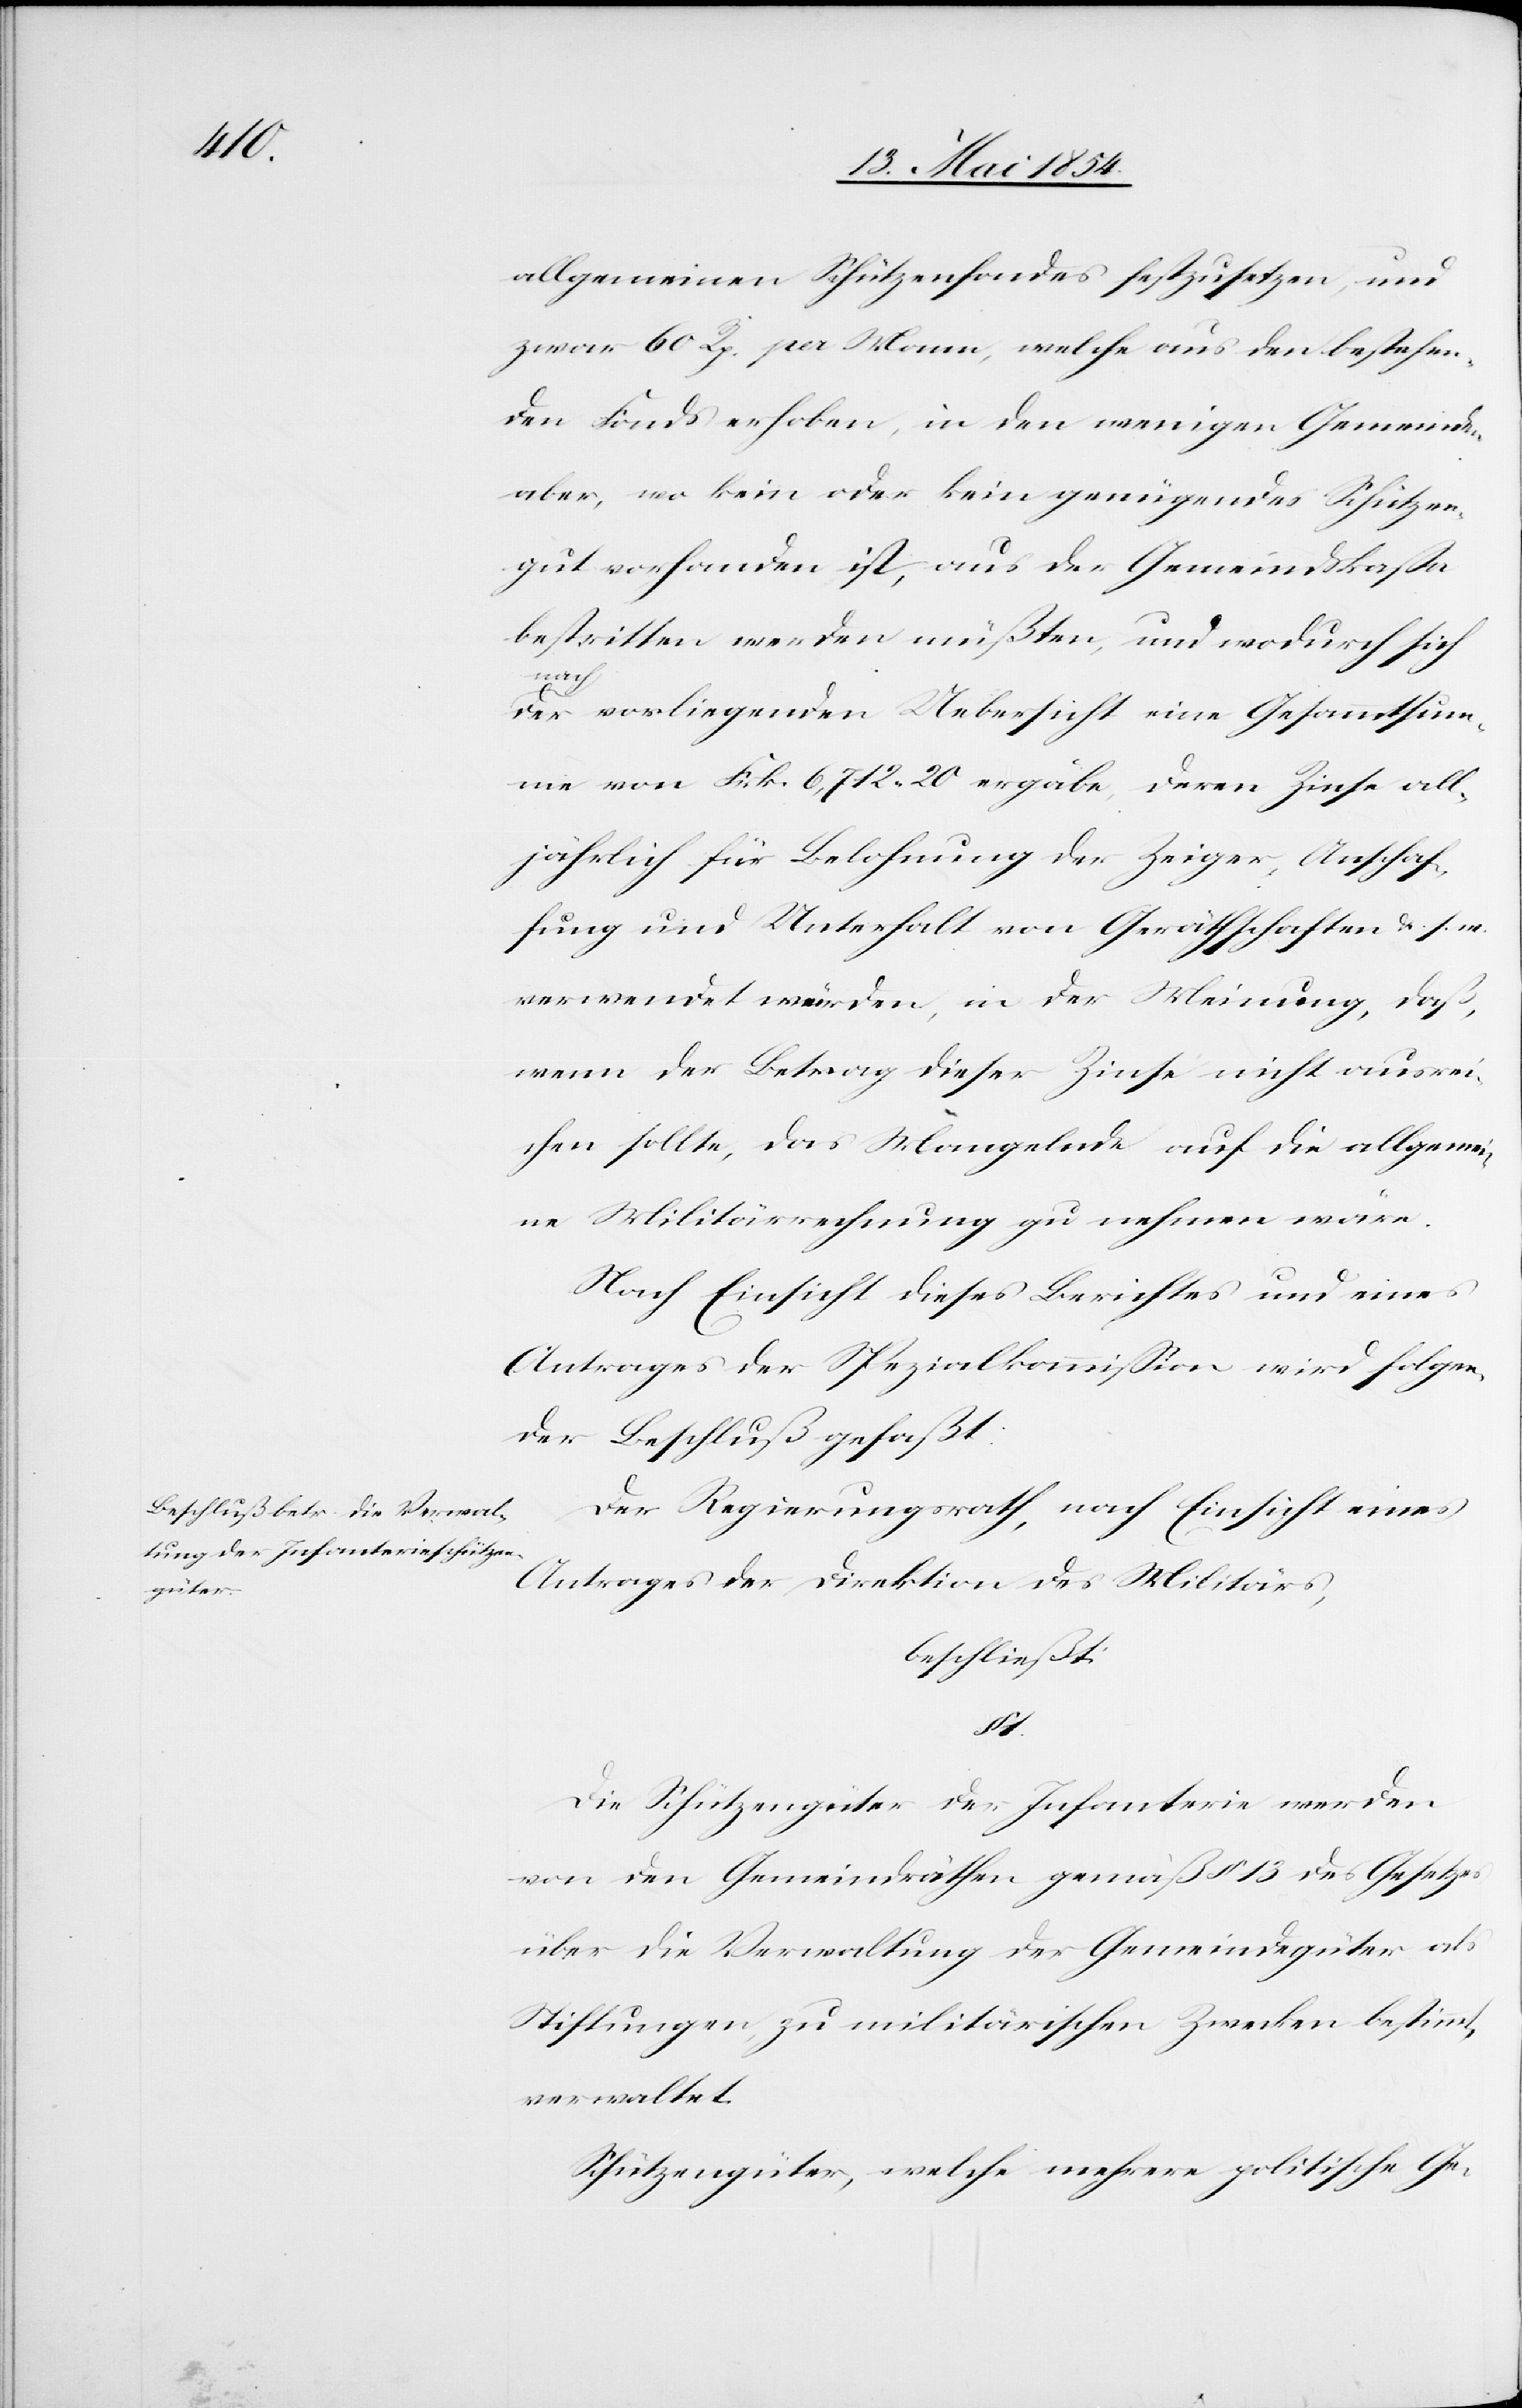
allgemeinen Schützenfonds festzusetzen, und
zwar 60 Rp. per Mann, welche aus den bestehen¬
den Fonds erhoben, in den wenigen Gemeinden
aber, wo kein oder kein genügendes Schützen¬
gut vorhanden ist, aus der Gemeindskaße
bestritten werden müßten, und wodurch sich
a-nach-a
der vorliegenden Uebersicht eine Gesammtsum¬
me von Frk. 6,712. 20 ergäbe, deren Zinse all¬
jährlich für Belohnung der Zeiger, Anschaf¬
fung und Unterhalt von Geräthschaften u. s. w.
verwendet würden, in der Meinung, daß,
wenn der Betrag dieser Zinse nicht ausrei¬
chen sollte, das Mangelnde auf die allgemei¬
ne Militärrechnung zu nehmen wäre.
Nach Einsicht dieses Berichtes und eines
Antrages der Spezialkommißion wird folgen¬
der Beschluß gefaßt:
Der Regierungsrath, nach Einsicht eines
Antrages der Direktion des Militärs,
beschließt:
1.
Die Schützengüter der Infanterie werden
von den Gemeindräthen gemäß § 13 des Gesetzes
über die Verwaltung der Gemeindegüter als
Stiftungen, zu militärischen Zwecken bestimmt,
verwaltet.
Schützengüter, welche mehrere politische Ge-